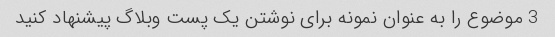
3 موضوع را به عنوان نمونه برای نوشتن یک پست وبلاگ پیشنهاد کنید